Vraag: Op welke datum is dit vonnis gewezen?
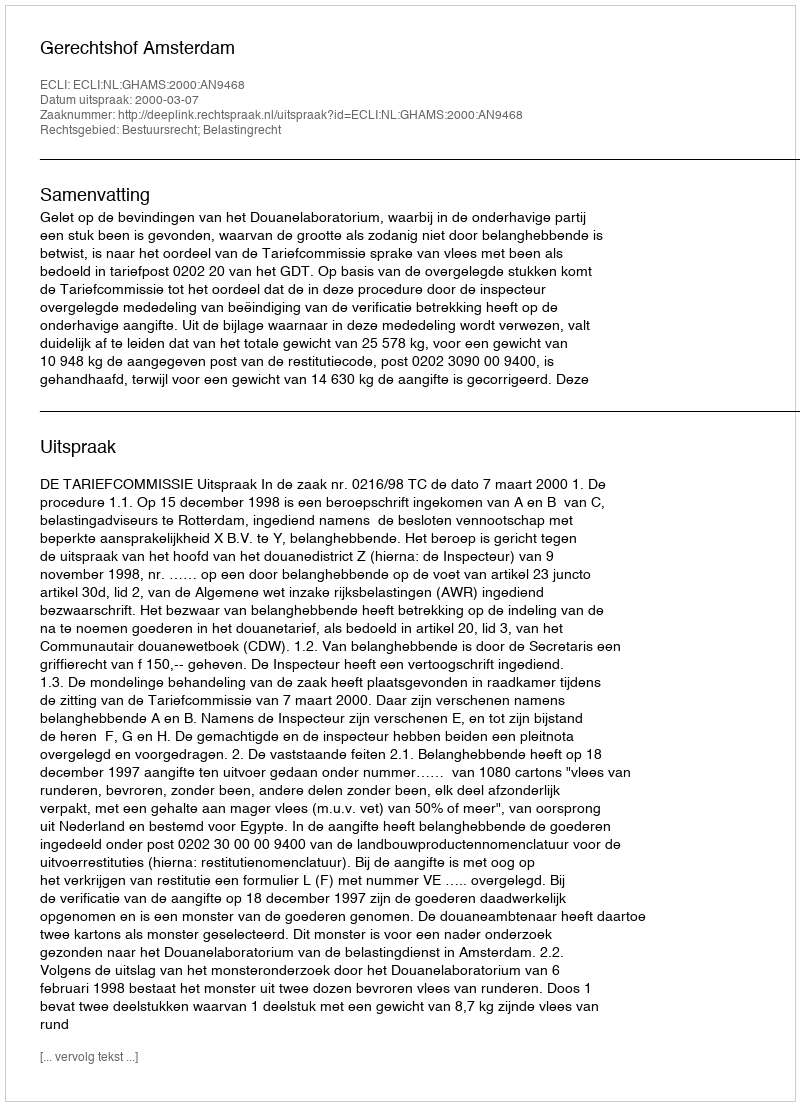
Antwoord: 2000-03-07